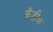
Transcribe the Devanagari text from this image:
कॅडीक